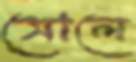
সোলে